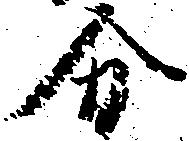
分